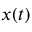
x ( t )